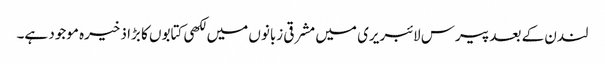
لندن کے بعد پیرس لائبریری میں مشرقی زبانوں میں لکھی کتابوں کا بڑا ذخیرہ موجود ہے۔